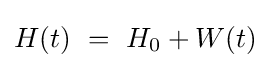
H(t)\ =\ H_{0}+W(t)